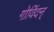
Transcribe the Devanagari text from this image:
गोविंदन्